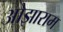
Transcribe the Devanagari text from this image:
ओझाराम